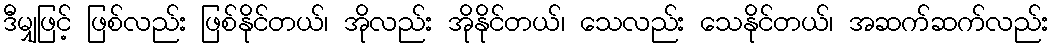
ဒီမျှဖြင့် ဖြစ်လည်း ဖြစ်နိုင်တယ်၊ အိုလည်း အိုနိုင်တယ်၊ သေလည်း သေနိုင်တယ်၊ အဆက်ဆက်လည်း